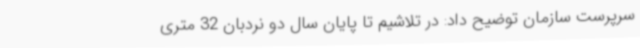
سرپرست سازمان توضیح داد: در تلاشیم تا پایان سال دو نردبان 32 متری